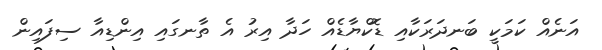
އަނެއް ކަމަކީ ބަނދަރަކާއި ޑޮކްޔާޑެއް ހަދާ އިރު އެ ތާނގައި އިންޑިއާ ސިފައިން